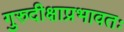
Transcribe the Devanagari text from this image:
गुरुदीक्षाप्रभावतः